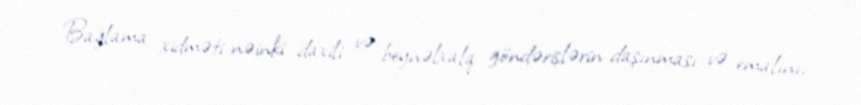
Bağlama xidməti nəinki daxili və beynəlxalq göndərişlərin daşınması və emalını,